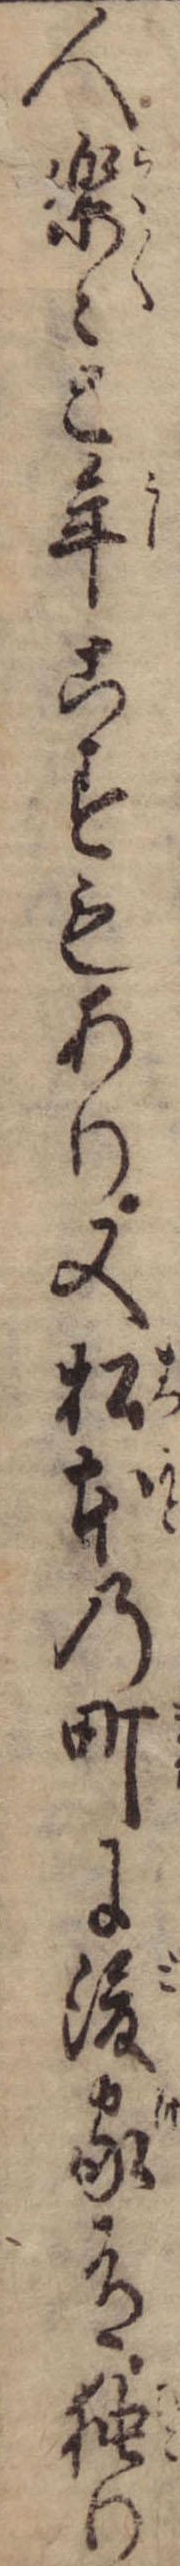
人楽々と年こすもあり又松本の町に後家有独り